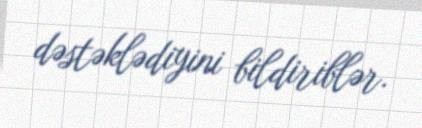
dəstəklədiyini bildiriblər.